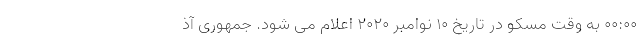
00:00 به وقت مسكو در تاریخ 10 نوامبر 2020 اعلام می شود. جمهوری آذ